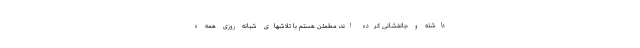
داشته و جانفشانی کرده اند، مطمئن هستم با تلاشهای شبانه روزی همه ه